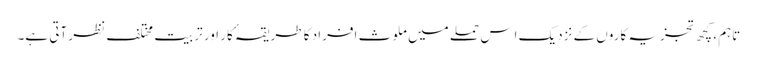
تاہم، کچھ تجزیہ کاروں کے نزدیک اِس حملے میں ملوث افراد کا طریقہٴ کار اور تربیت مختلف نظر آتی ہے۔